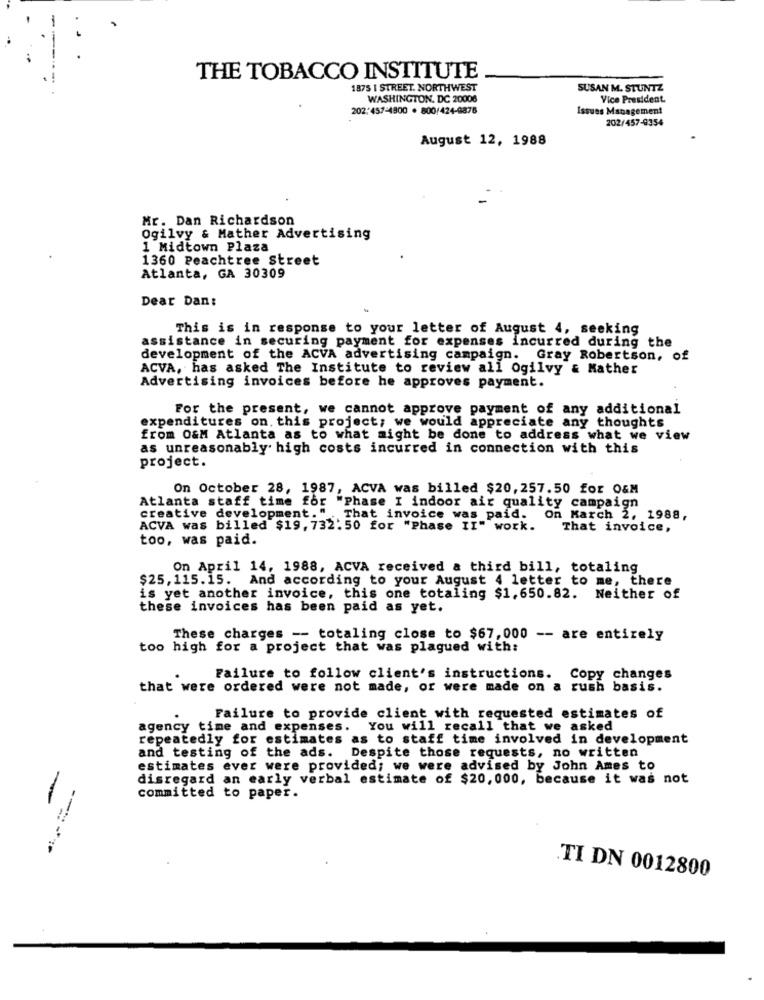
THE TOBACCO INSTITUTE
1875 | STREET. NORTHWEST
SUSAN M. STUNTZ
WASHINGTON, DC 20006
Vice President
202:457-4900 . 800/424-9878
Issues Management
202/457-9354
August 12, 1988
Mr. Dan Richardson
Ogilvy & Mather Advertising
1 Midtown Plaza
1360 Peachtree Street
Atlanta, GA 30309
Dear Dan:
This is in response to your letter of August 4, seeking
assistance in securing payment for expenses incurred during the
development of the ACVA advertising campaign. Gray Robertson, of
ACVA, has asked The Institute to review all Ogilvy & Mather
Advertising invoices before he approves payment.
For the present, we cannot approve payment of any additional
expenditures on, this project; we would appreciate any thoughts
from O&M Atlanta as to what might be done to address what we view
as unreasonably high costs incurred in connection with this
project.
On October 28, 1987, ACVA was billed $20, 257.50 for O&M
Atlanta staff time for "Phase I indoor air quality campaign
creative development."
That invoice was paid. On March 2, 1988,
ACVA was billed $19, 732.50 for "Phase II" work.
That invoice,
too, was paid.
On April 14, 1988, ACVA received a third bill, totaling
$25, 115.15. And according to your August 4 letter to me, there
is yet another invoice, this one totaling $1,650.82. Neither of
these invoices has been paid as yet.
These charges -- totaling close to $67, 000 -- are entirely
too high for a project that was plagued with:
Failure to follow client's instructions. Copy changes
that were ordered were not made, or were made on a rush basis.
Failure to provide client with requested estimates of
agency time and expenses. You will recall that we asked
repeatedly for estimates as to staff time involved in development
and testing of the ads. Despite those requests, no written
estimates ever were provided; we were advised by John Ames to
disregard an early verbal estimate of $20,000, because it was not
committed to paper.
--:
TI DN 0012800